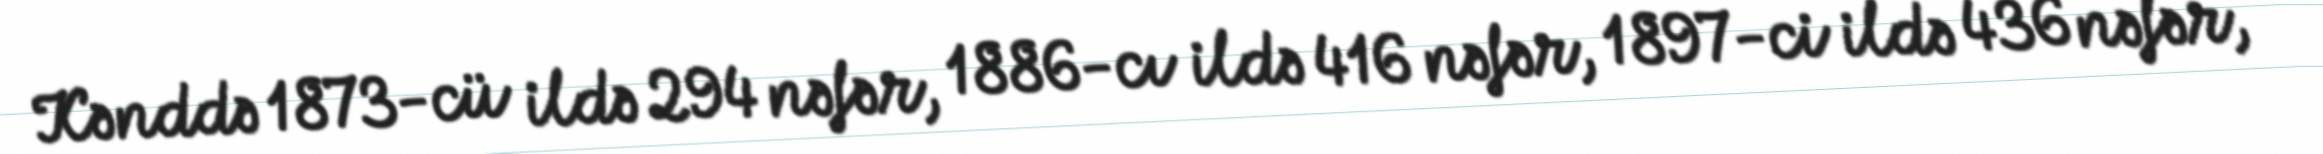
Kənddə 1873-cü ildə 294 nəfər, 1886-cı ildə 416 nəfər, 1897-ci ildə 436 nəfər,